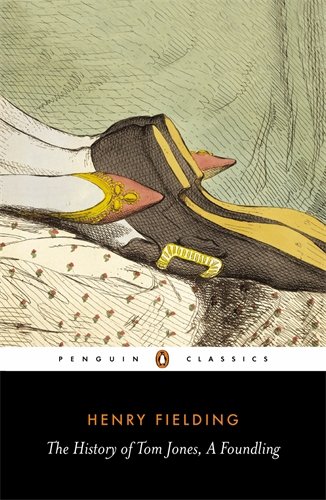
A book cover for The History of Tom Jones, a Foundling (Penguin Classics); Henry Fielding; Teen & Young Adult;